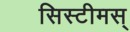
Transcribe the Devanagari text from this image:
सिस्टीमस्